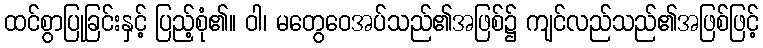
ထင်စွာပြုခြင်းနှင့် ပြည့်စုံ၏။ ဝါ၊ မတွေဝေအပ်သည်၏အဖြစ်၌ ကျင်လည်သည်၏အဖြစ်ဖြင့်